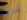
قديمة